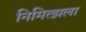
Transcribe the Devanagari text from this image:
निमित्झला